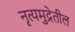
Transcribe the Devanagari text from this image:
नृत्यमुद्रेतील